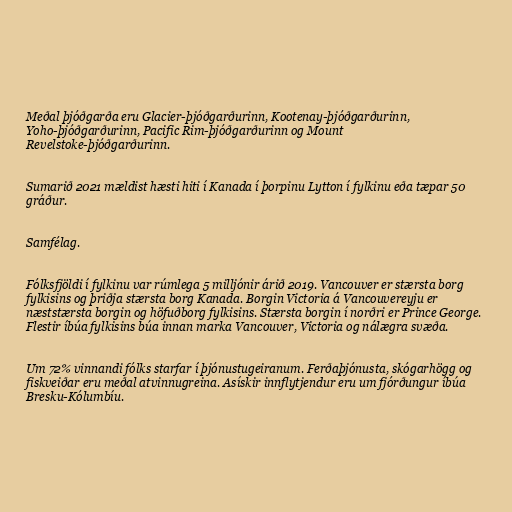
Meðal þjóðgarða eru Glacier-þjóðgarðurinn, Kootenay-þjóðgarðurinn,
Yoho-þjóðgarðurinn, Pacific Rim-þjóðgarðurinn og Mount
Revelstoke-þjóðgarðurinn.

Sumarið 2021 mældist hæsti hiti í Kanada í þorpinu Lytton í fylkinu eða tæpar 50
gráður.

Samfélag.

Fólksfjöldi í fylkinu var rúmlega 5 milljónir árið 2019. Vancouver er stærsta borg
fylkisins og þriðja stærsta borg Kanada. Borgin Victoria á Vancouvereyju er
næststærsta borgin og höfuðborg fylkisins. Stærsta borgin í norðri er Prince George.
Flestir íbúa fylkisins búa innan marka Vancouver, Victoria og nálægra svæða.

Um 72% vinnandi fólks starfar í þjónustugeiranum. Ferðaþjónusta, skógarhögg og
fiskveiðar eru meðal atvinnugreina. Asískir innflytjendur eru um fjórðungur íbúa
Bresku-Kólumbíu.